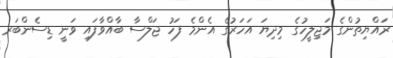
ރައްޔިތުންގެ މަޖިލީހުގެ މިދިޔަ އަހަރުގެ އެންމެ ފަހު ޖަލްސާ ބާއްވާފައި ވަނީ ޑިސެންބަރ